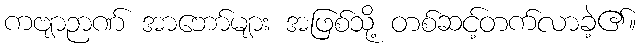
ကဗျာဉာဏ် အာဘော်များ အဖြစ်သို့ တစ်ဆင့်တက်လာခဲ့၏။